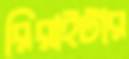
রিরাইটার